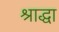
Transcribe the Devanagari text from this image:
श्राद्धा